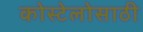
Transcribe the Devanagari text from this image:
कोस्टेलोसाठी